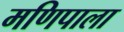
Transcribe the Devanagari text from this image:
मणिपाला